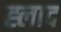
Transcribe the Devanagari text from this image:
ह्लाद